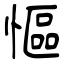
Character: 慪